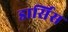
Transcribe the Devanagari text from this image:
डार्सिस